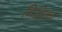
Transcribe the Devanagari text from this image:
निशिवन